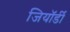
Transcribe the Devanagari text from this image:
जियॉर्डी